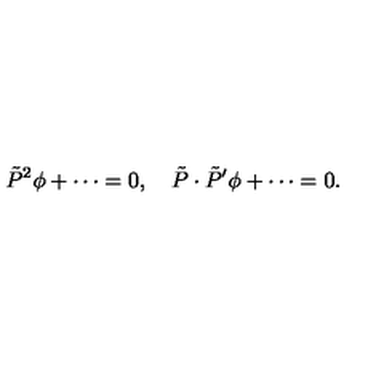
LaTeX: \tilde { P } ^ { 2 } \phi + \cdots = 0 , \quad \tilde { P } \cdot \tilde { P } ^ { \prime } \phi + \cdots = 0 .